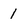
Character: 1